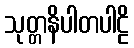
သုတ္တနိပါတပါဠိ